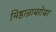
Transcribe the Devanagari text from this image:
मिष्ठान्नाबरोबर